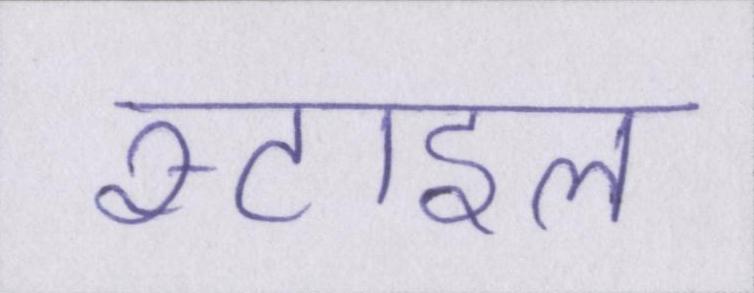
स्टाइल